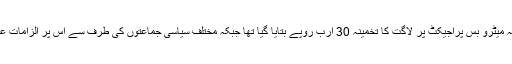
واضح رہے کہ میٹرو بس پراجیکٹ پر لاگت کا تخمینہ 30 ارب روپے بتایا گیا تھا جبکہ مختلف سیاسی جماعتوں کی طرف سے اس پر الزامات عائد کیے گئے۔